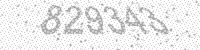
Solution: 829343